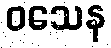
ဝသေန